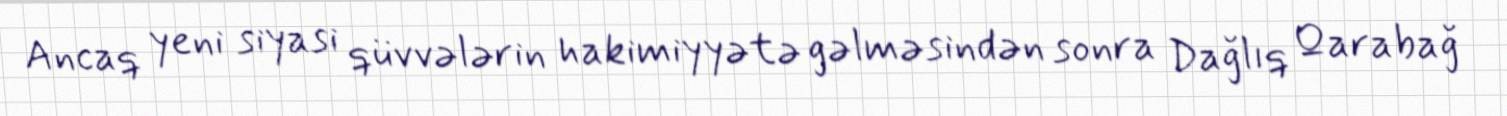
Ancaq yeni siyasi qüvvələrin hakimiyyətə gəlməsindən sonra Dağlıq Qarabağ